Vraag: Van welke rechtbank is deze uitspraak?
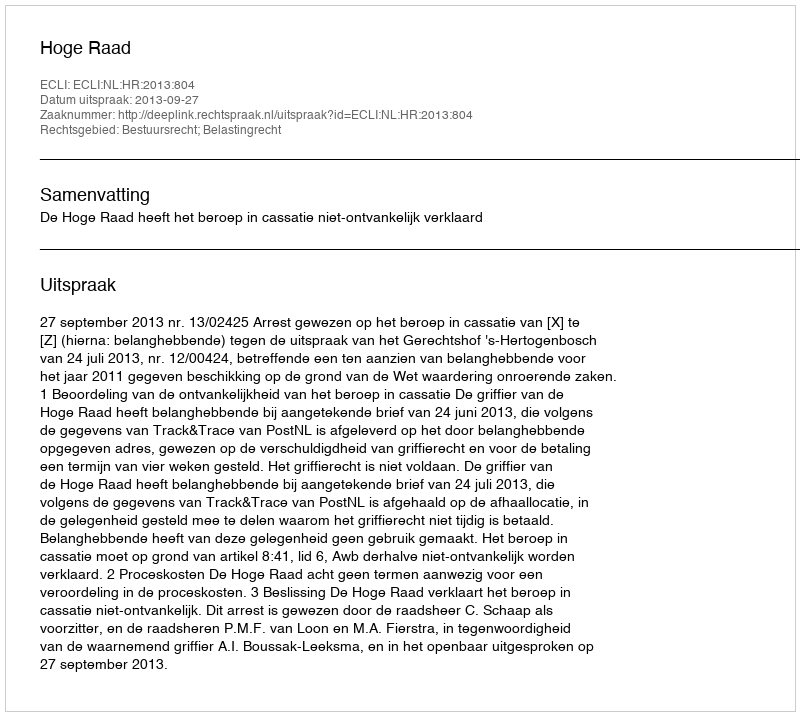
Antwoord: Hoge Raad